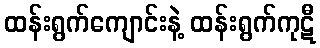
ထန်းရွက်ကျောင်းနဲ့ ထန်းရွက်ကုဋီ